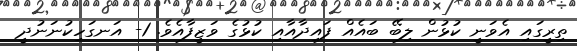
ތިރީގައި އެވަނީ ކުޅުން ލިބޭ ބައެއް ފައިދާއާއި ކުޅުގެ ވަޒީފާއެވެ. 1- އަނގަހިކުނަނުދީ